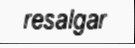
resalgar